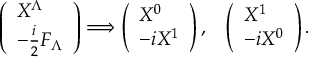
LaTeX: \left( \begin{array} { l } { { X ^ { \Lambda } } } \\ { { - { \frac { i } { 2 } } F _ { \Lambda } } } \end{array} \right) \Longrightarrow \left( \begin{array} { l } { { X ^ { 0 } } } \\ { { - i X ^ { 1 } } } \end{array} \right) , ~ ~ \left( \begin{array} { l } { { X ^ { 1 } } } \\ { { - i X ^ { 0 } } } \end{array} \right) .